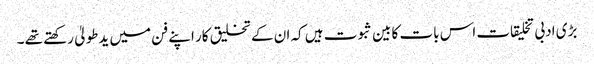
بڑی ادبی تخلیقات اس بات کا بین ثبوت ہیں کہ ان کے تخلیق کار اپنے فن میں یدطولیٰ رکھتے تھے ۔